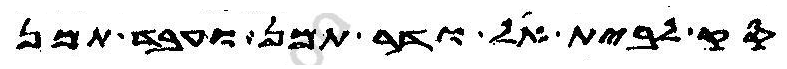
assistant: סק לבית אל ודר תמן ועבד תמן